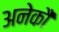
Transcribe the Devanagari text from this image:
अनेकौं